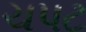
ચપટ